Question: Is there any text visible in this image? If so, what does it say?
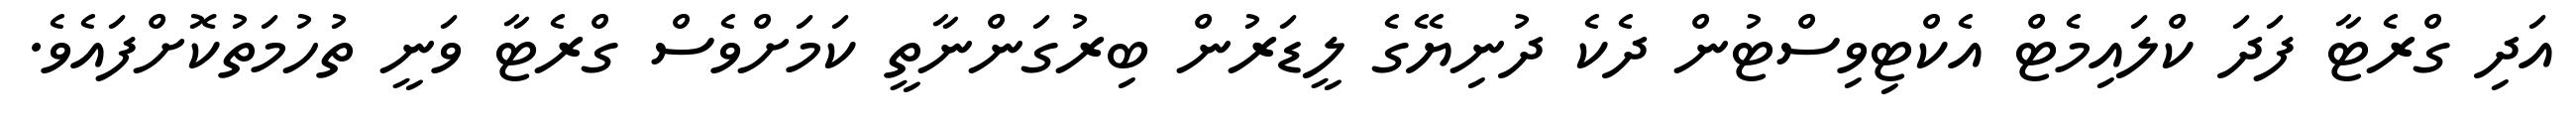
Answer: އަދި ގްރެޓާ ފަދަ ކްލައިމެޓް އެކްޓިވިސްޓުން ދެކެ ދުނިޔޭގެ ލީޑަރުން ބިރުގަންނާތީ ކަމަށްވެސް ގްރެޓާ ވަނީ ތުހުމަތުކޮށްފައެވެ.